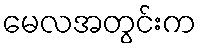
မေလအတွင်းက